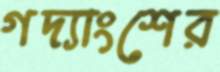
গদ্যাংশের